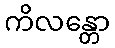
ကိလန္တော